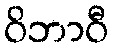
ဝိဘာဝီ